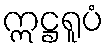
ဣဋ္ဌရူပံ